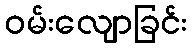
ဝမ်းလျောခြင်း